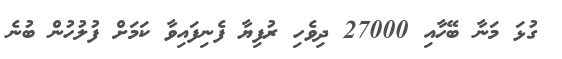
ގުޅަ މަނާ ބޭހާއި 27000 ދިވެހި ރުފިޔާ ފެނިފައިވާ ކަމަށް ފުލުހުން ބުނެ